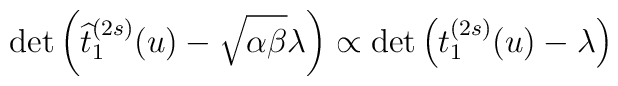
\det \left( \widehat{t}_1^{(2s)}(u) - \sqrt{\alpha\beta} \lambda\right) \propto \det \left( t^{(2s)}_1(u) - \lambda \right)